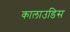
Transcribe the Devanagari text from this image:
कालाउडिस